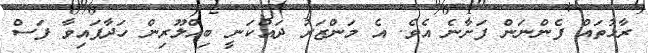
ރާޅުތައް ފެންނަން ފަށާނެ އެވެ. އެ މަންޒަރު ދައްކަނީ ބިއްލޫރިން ހަދާފައިވާ ފަސް